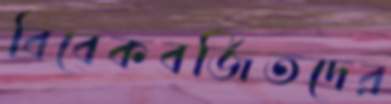
বিবেকবর্জিতদের